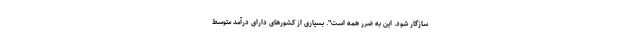
سازگار شود. این به ضرر همه است". بسیاری از کشورهای دارای درآمد متوسط